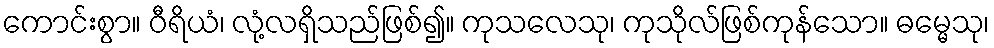
ကောင်းစွာ။ ဝီရိယံ၊ လုံ့လရှိသည်ဖြစ်၍။ ကုသလေသု၊ ကုသိုလ်ဖြစ်ကုန်သော။ ဓမ္မေသု၊